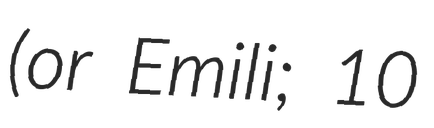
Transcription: (or Emili; 10